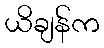
ယိချန်က